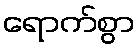
ရောက်စွာ